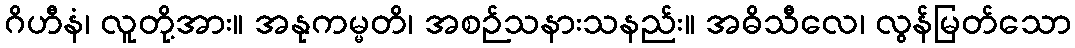
ဂိဟီနံ၊ လူတို့အား။ အနုကမ္မတိ၊ အစဉ်သနားသနည်း။ အဓိသီလေ၊ လွန်မြတ်သော